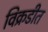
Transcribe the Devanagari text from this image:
विक्रडीत